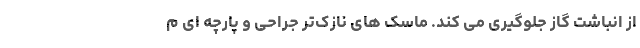
از انباشت گاز جلوگیری می کند. ماسک های نازک‌تر جراحی و پارچه ای م